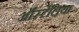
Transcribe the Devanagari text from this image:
ऑर्स्टेलिया